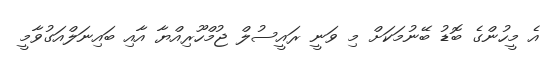
އެ މީހުންގެ ބޮޑު ބޭނުމަކަށް މި ވަނީ ރައީސުލް ޖުމްހޫރިއްޔާ އާއި ބައިނަލްއަގުވާމީ